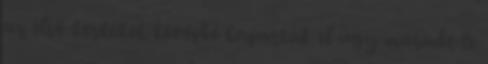
az elsõ kerkekek kevésbé kapartak el úgy maradt le